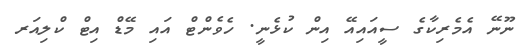
ނޫނޭ އެމެރިކާގެ ސީއައިއޭ އިން ކުޅެނީ. ހެވެންޓް އައި މޭޑް އިޓް ކްލިއަރ